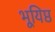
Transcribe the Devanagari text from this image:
भूयिष्ठ